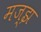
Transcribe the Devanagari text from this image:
मज्झ